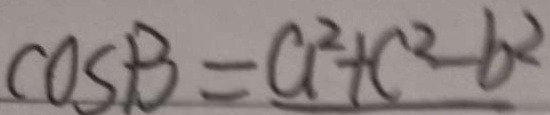
\cos B = a ^ { 2 } + c ^ { 2 } - b ^ { 2 }